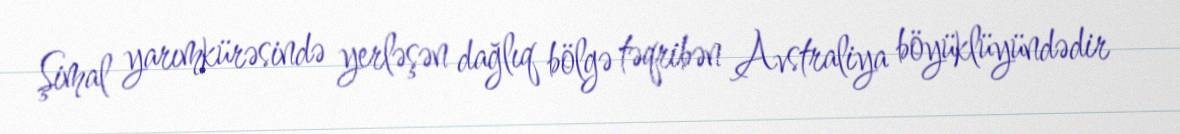
Şimal yarımkürəsində yerləşən dağlıq bölgə təqribən Avstraliya böyüklüyündədir